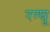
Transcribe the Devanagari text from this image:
रग्घू